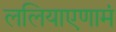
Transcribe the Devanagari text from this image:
ललियाएणामं